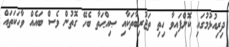
ދިރިއުޅުމުގައި ކޮށްފައިވާ ހިތި ތަޖުރިބާތަކާއި ޞިއްޙަތާ ބެހޭ ގޮތުން ވެސް ބައެއް ވާހަކަތައް